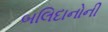
બલિદાનોની